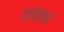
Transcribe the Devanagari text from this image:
दांदेकर